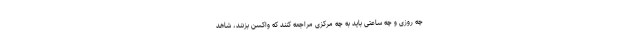
چه روزی و چه ساعتی باید به چه مرکزی مراجعه کنند که واکسن بزنند، شاهد